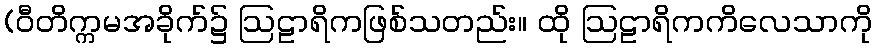
(ဝီတိက္ကမအခိုက်၌ ဩဠာရိကဖြစ်သတည်း။ ထို ဩဠာရိကကိလေသာကို